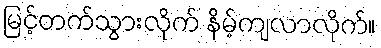
မြင့်တက်သွားလိုက် နိမ့်ကျလာလိုက်။